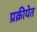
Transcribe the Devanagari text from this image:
प्रक्रीयेत